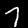
Digit: 7